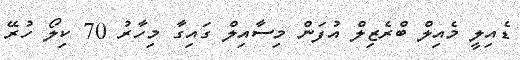
ޑެއިލީ މެއިލް ބްރެޒިލް އުފަން މިސާއިލް ގައިގާ މިހާރު 70 ކިލޯ ހުރޭ